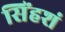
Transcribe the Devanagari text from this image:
सिंहशं